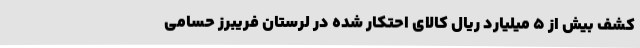
کشف بیش از 5 میلیارد ریال کالای احتکار شده در لرستان فریبرز حسامی